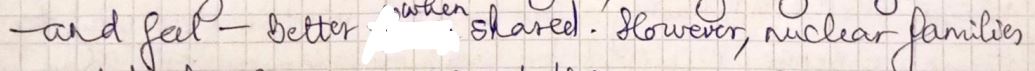
-and feel - better when shared. However, nuclear families